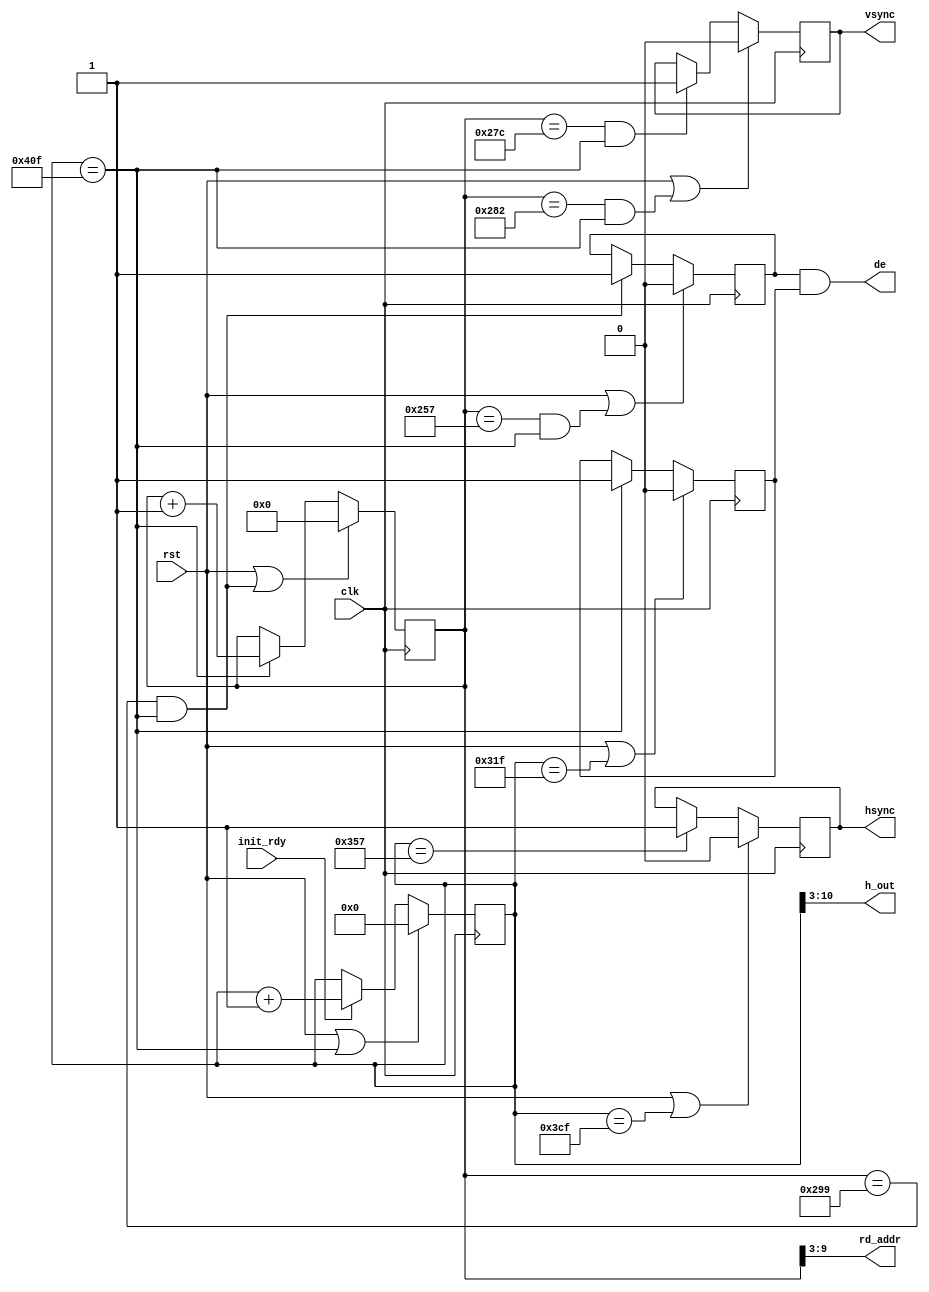
`timescale 1ns / 1ps

// VGA controller
// Generates the hsync, vsync for driving the display schedules reading the next value from memory accordingly.
//
// Resolution: 800x600 @ 72 Hz
// Pixel frequency: 50 Mhz
// Signal lvl: active high

// Horizontal timing:
// 	800 px
//			Front porch: 				56 px
//			Synch impulse: 			120 px
//			Back porch:					64 px
//			Sum:								1040 px

// Vertical timing:
// 	600 px
//			Front porch: 				37 px
//			Synch impulse:	 		6 px
//			Back porch:					23 px
//			Sum:								666 px


module vga_control(
    input clk,
    input rst,
	 	input init_rdy,	// processing starts after ready signal
    output hsync,
    output vsync,		
	 	output de,			// data enable
	 	output [7:0] h_out,
    output [6:0] rd_addr
);


reg [10:0] h_count;
reg [9:0] v_count;
wire hen;

always@(posedge clk)
begin
	if(rst || hen)
		h_count<=0;
	else if(init_rdy)
		h_count<=h_count+1;
end
assign hen=(h_count==(1039));


wire ven;
always@(posedge clk)
begin
	if(rst || ven)
		v_count<=0;
	else if(hen)
		v_count<=v_count+1;
end
assign ven=(v_count==(665)&& hen);

reg hs;
reg vs;

always@(posedge clk)
begin
	if(rst || h_count==(799+56+120))	//visible part + front porch + impulse width
		hs<=0;
	else if(h_count==799+56)
		hs<=1;
end

always@(posedge clk)
begin
	if(rst || (v_count==(599+37+6)&& hen)) //visible part + front porch + impulse width
		vs<=0;
	else if(v_count==599+37 && hen)
		vs<=1;
end

assign vsync=vs;
assign hsync=hs;

reg hde;
reg vde;
always@(posedge clk)
 if(rst||h_count==799)
  hde<=0;
 else if(h_count==1039)
 hde<=1;
 
always@(posedge clk)
	if(rst||(v_count==599&&hen))
		vde<=0;
	else if(v_count==665&&hen)
		vde<=1;


assign rd_addr=v_count[9:3];	//Display is in 8x8 pixels size, so the last 3 bit is don't care
assign h_out=h_count[10:3];
assign de=(vde&&hde);

endmodule